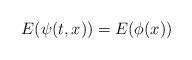
LaTeX: \begin{align*}E(\psi (t,x))=E(\phi (x)) \end{align*}